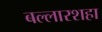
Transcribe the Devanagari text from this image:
बल्लारशहा